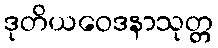
ဒုတိယဝေဒနာသုတ္တ